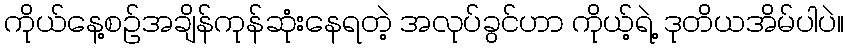
ကိုယ်နေ့စဉ်အချိန်ကုန်ဆုံးနေရတဲ့ အလုပ်ခွင်ဟာ ကိုယ့်ရဲ့ ဒုတိယအိမ်ပါပဲ။